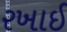
રખાઈ